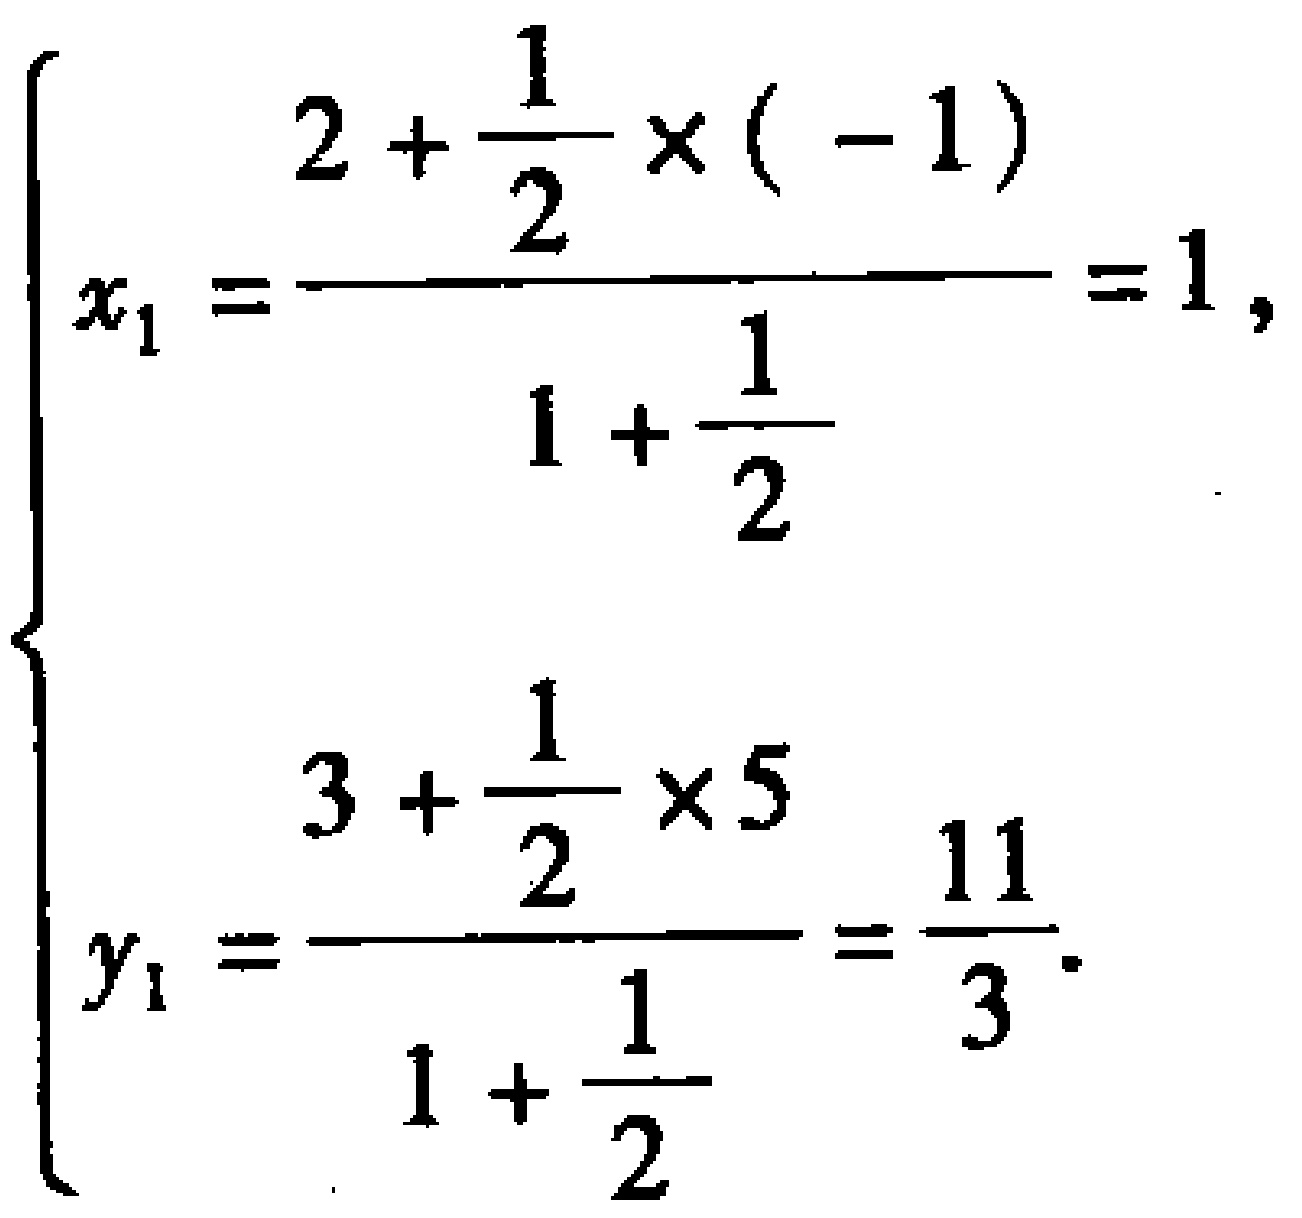
\[
\begin{cases}
x_{1}=\frac{2+\frac{1}{2}\times(-1)}{1 + \frac{1}{2}}=1,\\
y_{1}=\frac{3+\frac{1}{2}\times5}{1 + \frac{1}{2}}=\frac{11}{3}.
\end{cases}
\]